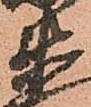
衛